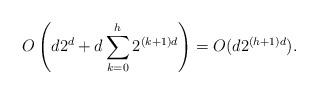
LaTeX: \begin{align*}O\left(d2^d+d\sum_{k=0}^h{2^{(k+1)d}}\right)=O(d2^{(h+1)d}).\end{align*}